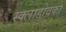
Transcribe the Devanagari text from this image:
स्क्लाडोवका